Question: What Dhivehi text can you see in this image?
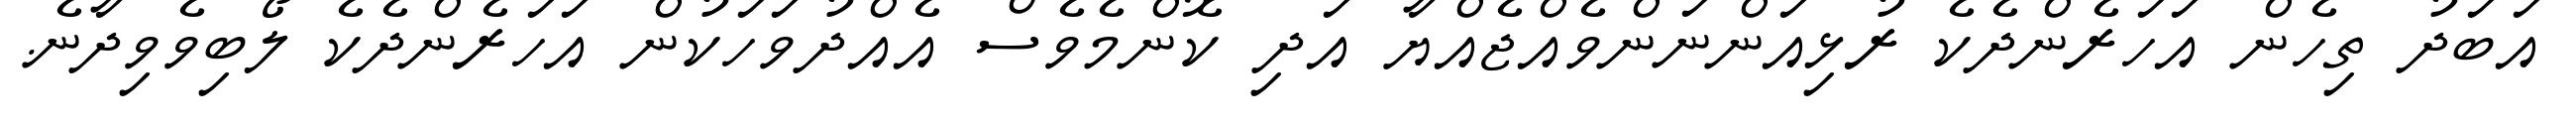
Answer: އަބަދު ތިހެން އަހަރެންދެކެ ރުޅިއަންނަންވެއްޖެއްޔާ އަދި ކޮންމެވެސް އެއްދުވަހަކުން އަހަރެންދެކެ ލޯބިވެވިދާނެ.